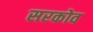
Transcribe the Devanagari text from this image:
सरकोव